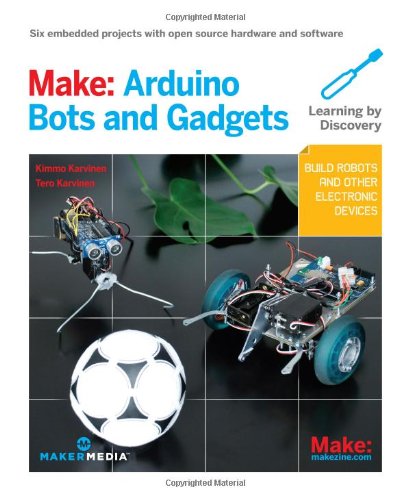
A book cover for Make: Arduino Bots and Gadgets: Six Embedded Projects with Open Source Hardware and Software (Learning by Discovery); Tero Karvinen; Computers & Technology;